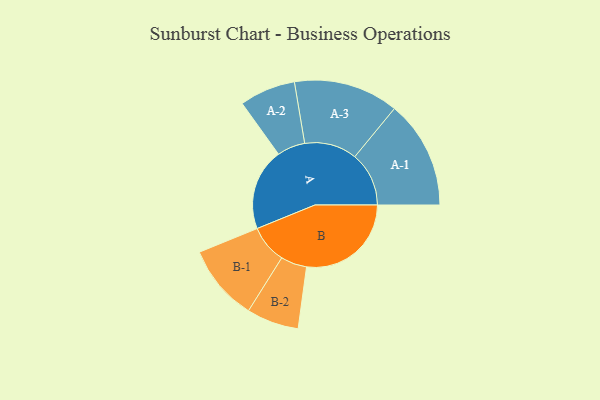
{"axis": {"x": "Segment", "y": "Value"}, "legend": ["", "A", "B"], "data": [{"x": "A", "y": 345, "type": ""}, {"x": "B", "y": 441, "type": ""}, {"x": "A-1", "y": 228, "type": "A"}, {"x": "A-2", "y": 118, "type": "A"}, {"x": "A-3", "y": 221, "type": "A"}, {"x": "B-1", "y": 161, "type": "B"}, {"x": "B-2", "y": 110, "type": "B"}]}